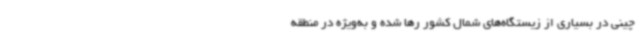
چینی در بسیاری از زیستگاه‌های شمال کشور رها شده‌ و به‌ویژه در منطقه